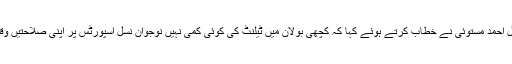
اس موقع پر اے سی مچھ عنایت اللہ خان کاسی اور ضلعی اسپورٹس آفیسر جمیل احمد مستوئی نے خطاب کرتے ہوئے کہا کہ کچھی بولان میں ٹیلنٹ کی کوئی کمی نہیں نوجوان نسل اسپورٹس پر اپنی صلاحتیں وقف کردے اور ملک کے استحکام ترقی و خوشحالی میں بڑھ چڑھ کر حصہ لیں۔